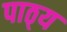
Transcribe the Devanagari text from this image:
पाठ्‌य